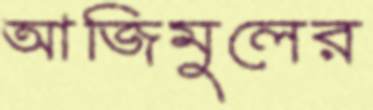
আজিমুলের